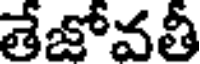
తేజోవతీ